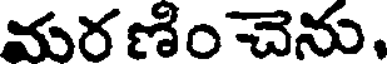
మర ణిం చెను.